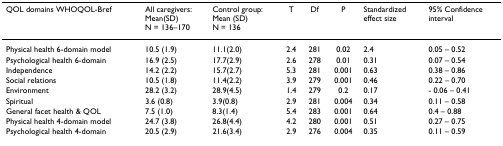
| QOL domains WHOQOL-Bref | All caregivers:Mean(SD)N = 136–170 | Control group:Mean (SD)N = 136 | T | Df | P | Standardized effect size | 95% Confidence interval |
 | --- | --- | --- | --- | --- | --- | --- | --- |
 | Physical health 6-domain model | 10.5 (1.9) | 11.1(2.0) | 2.4 | 281 | 0.02 | 2.4 | 0.05 – 0.52 |
 | Psychological health 6-domain | 16.9 (2.5) | 17.7(2.9) | 2.6 | 278 | 0.01 | 0.31 | 0.07 – 0.54 |
 | Independence | 14.2 (2.2) | 15.7(2.7) | 5.3 | 281 | 0.001 | 0.63 | 0.38 – 0.86 |
 | Social relations | 10.5 (1.8) | 11.4(2.2) | 3.9 | 279 | 0.001 | 0.46 | 0.22 – 0.70 |
 | Environment | 28.2 (3.2) | 28.9(4.5) | 1.4 | 279 | 0.2 | 0.17 | - 0.06 – 0.41 |
 | Spiritual | 3.6 (0.8) | 3.9(0.8) | 2.9 | 281 | 0.004 | 0.34 | 0.11 – 0.58 |
 | General facet health & QOL | 7.5 (1.0) | 8.3(1.4) | 5.4 | 283 | 0.001 | 0.64 | 0.4 – 0.88 |
 | Physical health 4-domain model | 24.7 (3.8) | 26.8(4.4) | 4.2 | 280 | 0.001 | 0.51 | 0.27 – 0.75 |
 | Psychological health 4-domain | 20.5 (2.9) | 21.6(3.4) | 2.9 | 276 | 0.004 | 0.35 | 0.11 – 0.59 |